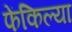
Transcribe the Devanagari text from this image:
फेंकिल्या